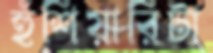
হুঁশিয়ারিটা